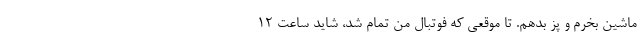
ماشین بخرم و پز بدهم. تا موقعی که فوتبال من تمام شد، شاید ساعت 12